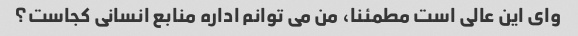
وای این عالی است مطمئنا، من می توانم اداره منابع انسانی کجاست؟